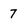
Character: 7